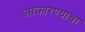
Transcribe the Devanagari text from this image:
आकारण्याचा